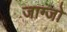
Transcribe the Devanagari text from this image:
जाग्जो